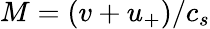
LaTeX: M=(v+u_{+})/c_{s}